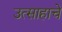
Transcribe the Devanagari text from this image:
उत्‍साहाचे